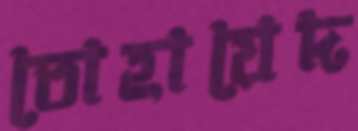
তোহায়েদ